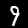
Label: 9